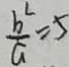
\frac { b ^ { 2 } } { a } = 5